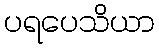
ပရပေသိယာ